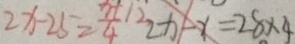
2 x - 2 5 = \frac { x + 1 2 } { 4 } 2 x - x = 2 8 \times 4